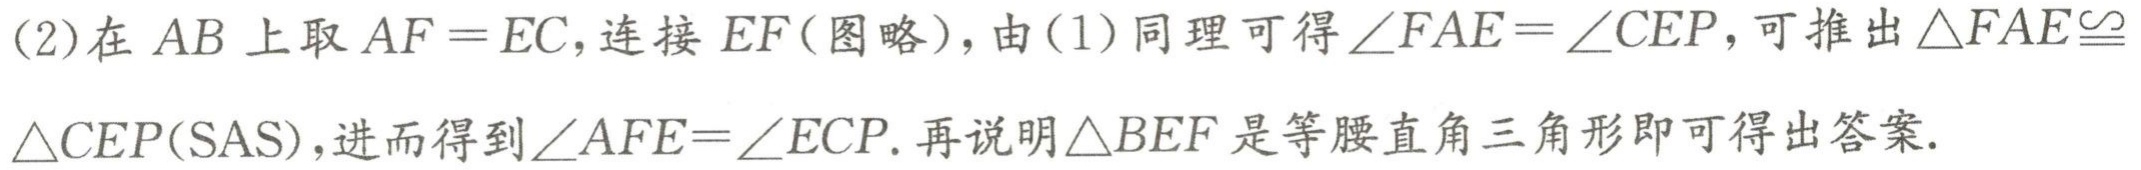
(2)在 \(AB\) 上取 \(AF = EC\)，连接 \(EF\)(图略)，由(1)同理可得\(\angle FAE=\angle CEP\)，可推出\(\triangle FAE\cong\triangle CEP(\text{SAS})\)，进而得到\(\angle AFE = \angle ECP\). 再说明\(\triangle BEF\)是等腰直角三角形即可得出答案.